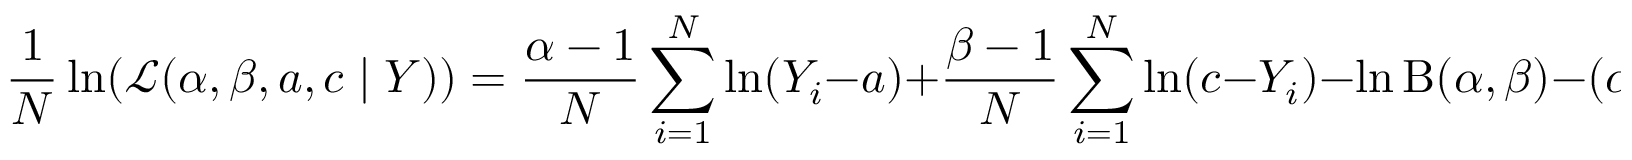
{ \frac { 1 } { N } } \ln ( { \mathcal { L } } ( \alpha , \beta , a , c \mid Y ) ) = { \frac { \alpha - 1 } { N } } \sum _ { i = 1 } ^ { N } \ln ( Y _ { i } - a ) + { \frac { \beta - 1 } { N } } \sum _ { i = 1 } ^ { N } \ln ( c - Y _ { i } ) - \ln \mathrm { B } ( \alpha , \beta ) - ( \alpha + \beta - 1 ) \ln ( c - a )